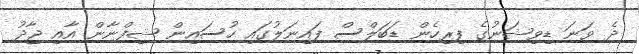
ދެ ވަނަ ޑިވިޝަނުގެ ފިރިހެން ޑަބަލްސް ފައިނަލުގައި ހުސައިން ޝިފްނާން އާއި ޖާދު